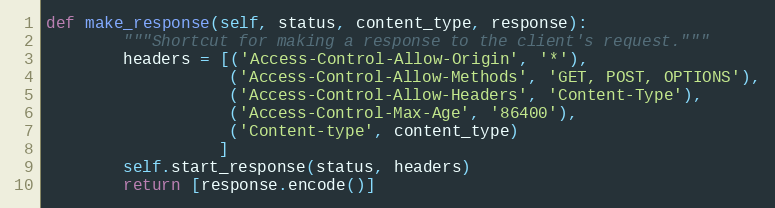
Language: Python
def make_response(self, status, content_type, response):
        """Shortcut for making a response to the client's request."""
        headers = [('Access-Control-Allow-Origin', '*'),
                   ('Access-Control-Allow-Methods', 'GET, POST, OPTIONS'),
                   ('Access-Control-Allow-Headers', 'Content-Type'),
                   ('Access-Control-Max-Age', '86400'),
                   ('Content-type', content_type)
                  ]
        self.start_response(status, headers)
        return [response.encode()]